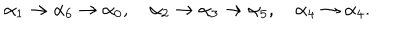
\alpha _ { 1 } \rightarrow \alpha _ { 6 } \rightarrow \alpha _ { 0 } , \quad \alpha _ { 2 } \rightarrow \alpha _ { 3 } \rightarrow \alpha _ { 5 } , \quad \alpha _ { 4 } \rightarrow \alpha _ { 4 } .